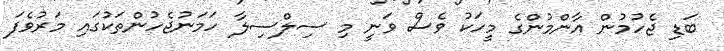
ބަޑި ޖެހުމުން އާންމުންގެ މީހަކު ވެސް ވަނީ މި ސިލްސިލާ ހަމަނުޖެހުންތަކުގައި މަރުވެފަ